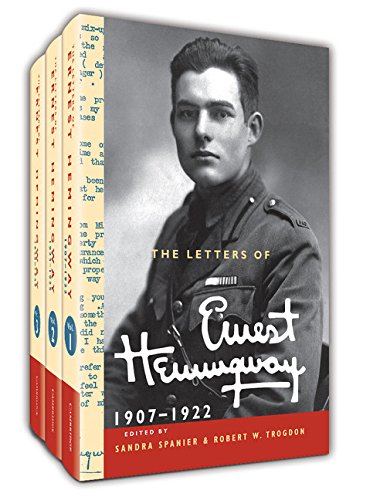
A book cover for The Letters of Ernest Hemingway, Volumes 1-3 3 Volume Hardback Set: Volume 1-3 (The Cambridge Edition of the Letters of Ernest Hemingway); Ernest Hemingway; Literature & Fiction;